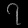
Digit: ၇